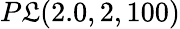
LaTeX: P\mathfrak{L}(2.0,2,100)